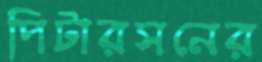
পিটারসনের